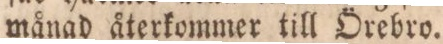
månad återkommer till Örebro.